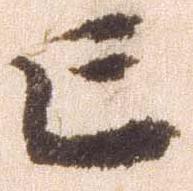
亡